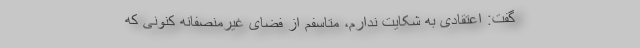
گفت: اعتقادی به شکایت ندارم، ‌متاسفم از فضای غیرمنصفانه کنونی که